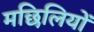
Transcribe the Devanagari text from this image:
मछिलियों